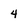
Character: 4